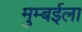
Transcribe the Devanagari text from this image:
मुम्बईला